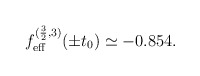
\begin{align*}f_{\mathrm{eff}}^{(\frac{3}{2},3)}(\pm t_0)\simeq -0.854.\end{align*}